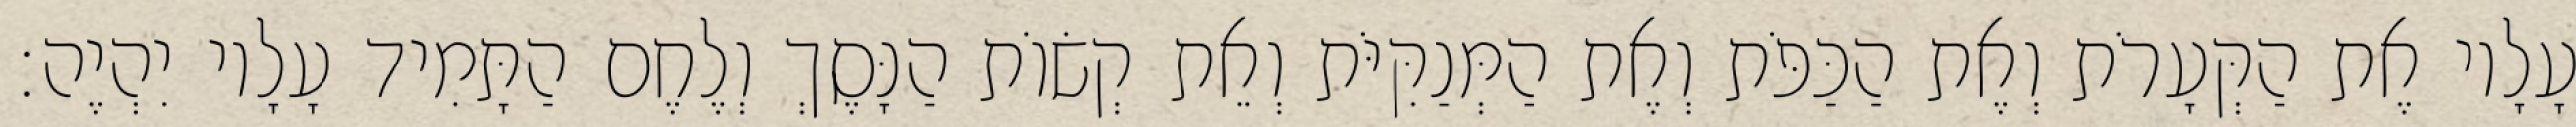
עָלָיו אֶת הַקְּעָרֹת וְאֶת הַכַּפֹּת וְאֶת הַמְּנַקִּיֹּת וְאֵת קְשׂוֹת הַנָּסֶךְ וְלֶחֶם הַתָּמִיד עָלָיו יִהְיֶה׃